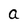
Character: a